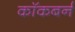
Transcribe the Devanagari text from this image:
काॅकबर्न